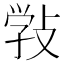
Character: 𢽾